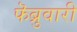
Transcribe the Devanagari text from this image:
फॆब्रुवारी